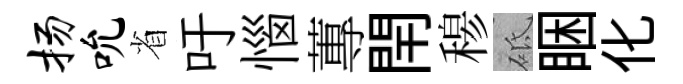
扬吮省吁惱蓴閈𥠇砥睏化